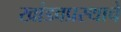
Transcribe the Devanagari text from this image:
खांडवप्रस्थाचे